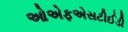
ઓએફએસટીઈડી